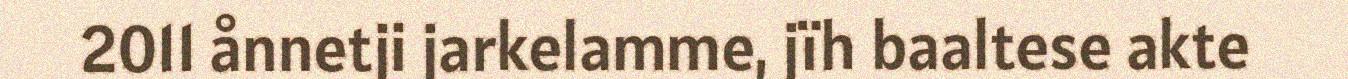
2011 ånnetji jarkelamme, jïh baaltese akte